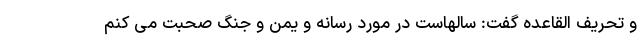
و تحریف القاعده گفت: سالهاست در مورد رسانه و یمن و جنگ صحبت می کنم